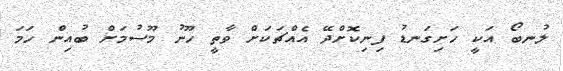
ލުނބޯ އަކީ ހަށިގަނޑު ފިނިކޮށްދޭ އެއްޗަކަށް ވާތީ ހޫނު މޫސުމަށް ބުއިން ހަމަ